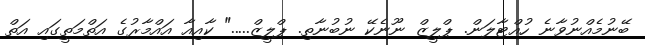
ބޭނުމެއްނުވާނެ ހުއްޓާލަން. ޕްލީޒް ނޫނެކޭ ނުބުނާތި. ޕްލީޒް....." ކާއިއާ އައްމާރުގެ އަތްމަތީގައި އަތް